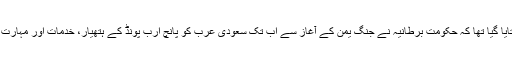
رپورٹ میں بتایا گیا تھا کہ حکومت برطانیہ نے جنگ یمن کے آغاز سے اب تک سعودی عرب کو پانچ ارب پونڈ کے ہتھیار، خدمات اور مہارت فراہم کی ہے۔